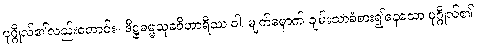
ပုဂ္ဂိုလ်၏လည်းကောင်း။ ဒိဋ္ဌဓမ္မသုခဝိဟာရိဿ ဝါ၊ မျက်မှောက် ချမ်းသာခံစား၍နေသော ပုဂ္ဂိုလ်၏